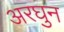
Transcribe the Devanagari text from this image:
अरघुन